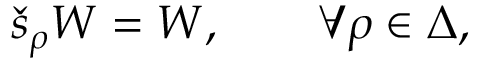
\check { s } _ { \rho } W = W , \qquad \forall \rho \in \Delta ,